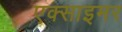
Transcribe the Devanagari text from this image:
एक्‍साइमर